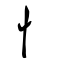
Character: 忄